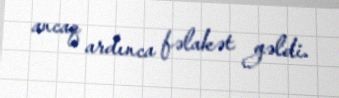
ancaq ardınca fəlakət gəldi.